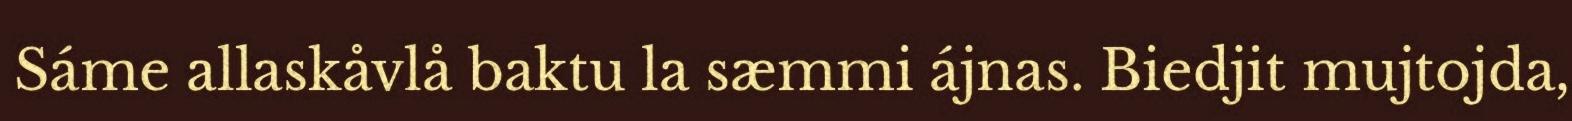
Sáme allaskåvlå baktu la sæmmi ájnas. Biedjit mujtojda,